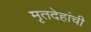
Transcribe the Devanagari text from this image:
मृतदेहांची